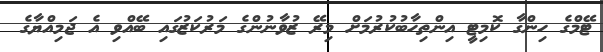
ޓޭމްގެ ހިންގާ ކޮމިޓީ އިންތިހާބުކުރުމަށް މިރޭ ޒުވާނުންގެ މަރުކަޒުގައި ބޭއްވި އެ ޖަމިއްޔާގެ